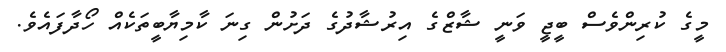
މީގެ ކުރިންވެސް ބީޖީ ވަނީ ޝާޒްގެ އިރުޝާދުގެ ދަށުން ގިނަ ކާމިޔާބީތަކެއް ހޯދާފައެވެ.